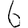
Digit: 6